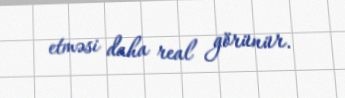
etməsi daha real görünür.